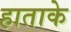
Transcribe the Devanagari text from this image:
हाताके